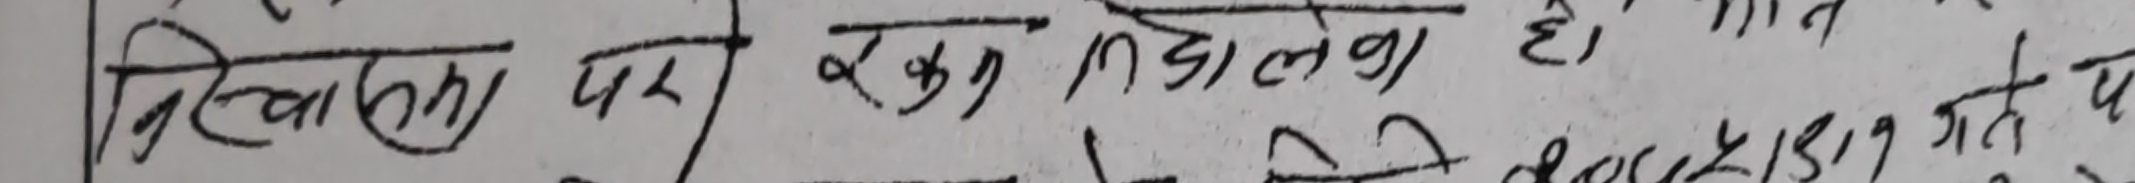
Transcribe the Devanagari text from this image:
लिखाला पर रुख लिनेका है। जाते य